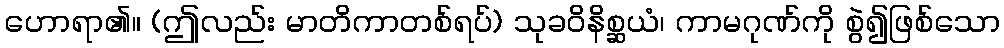
ဟောရာ၏။ (ဤလည်း မာတိကာတစ်ရပ်) သုခဝိနိစ္ဆယံ၊ ကာမဂုဏ်ကို စွဲ၍ဖြစ်သော